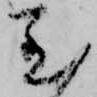
至